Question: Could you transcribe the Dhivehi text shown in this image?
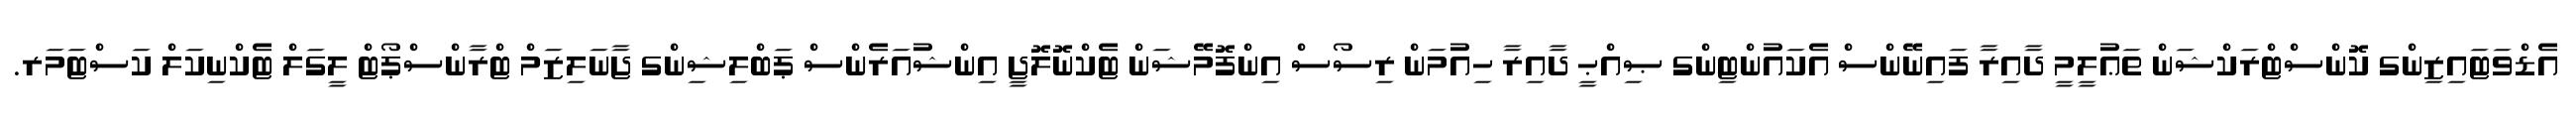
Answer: އެޑްވަޓައިޒިންގ ކޮންސްޓްރަކްޝަން ތަޢުލީމީ ދާއިރާ ފައިނޭންސް އެކައުންޓިންގ ޞިއްޙީ ދާއިރާ ހިއުމަން ރިސޯސް އިންފޮމޭޝަން ޓެކްނޮލޮޖީ އިންޝުއަރެންސް ޕަބްލިޝިންގ ޖާނަލިޒަމް ޓްރާންސްޕޯޓް ލީގަލް ޓެކްނިކަލް ކަސްޓަމަރ.